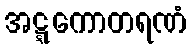
အဋ္ဋကောတရဏံ